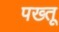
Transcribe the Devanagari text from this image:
पख्तू